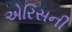
એરિસની